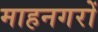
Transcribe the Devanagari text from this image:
माहनगरों